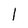
Character: 1